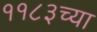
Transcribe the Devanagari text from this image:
११८३च्या